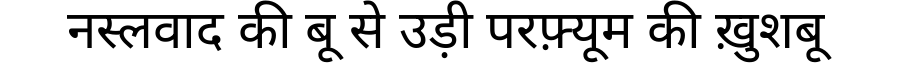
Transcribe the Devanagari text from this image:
नस्लवाद की बू से उड़ी परफ़्यूम की ख़ुशबू